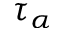
\tau _ { \alpha }